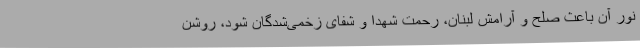
نور آن باعث صلح و آرامش لبنان، رحمت شهدا و شفای زخمی‌شدگان شود، روشن